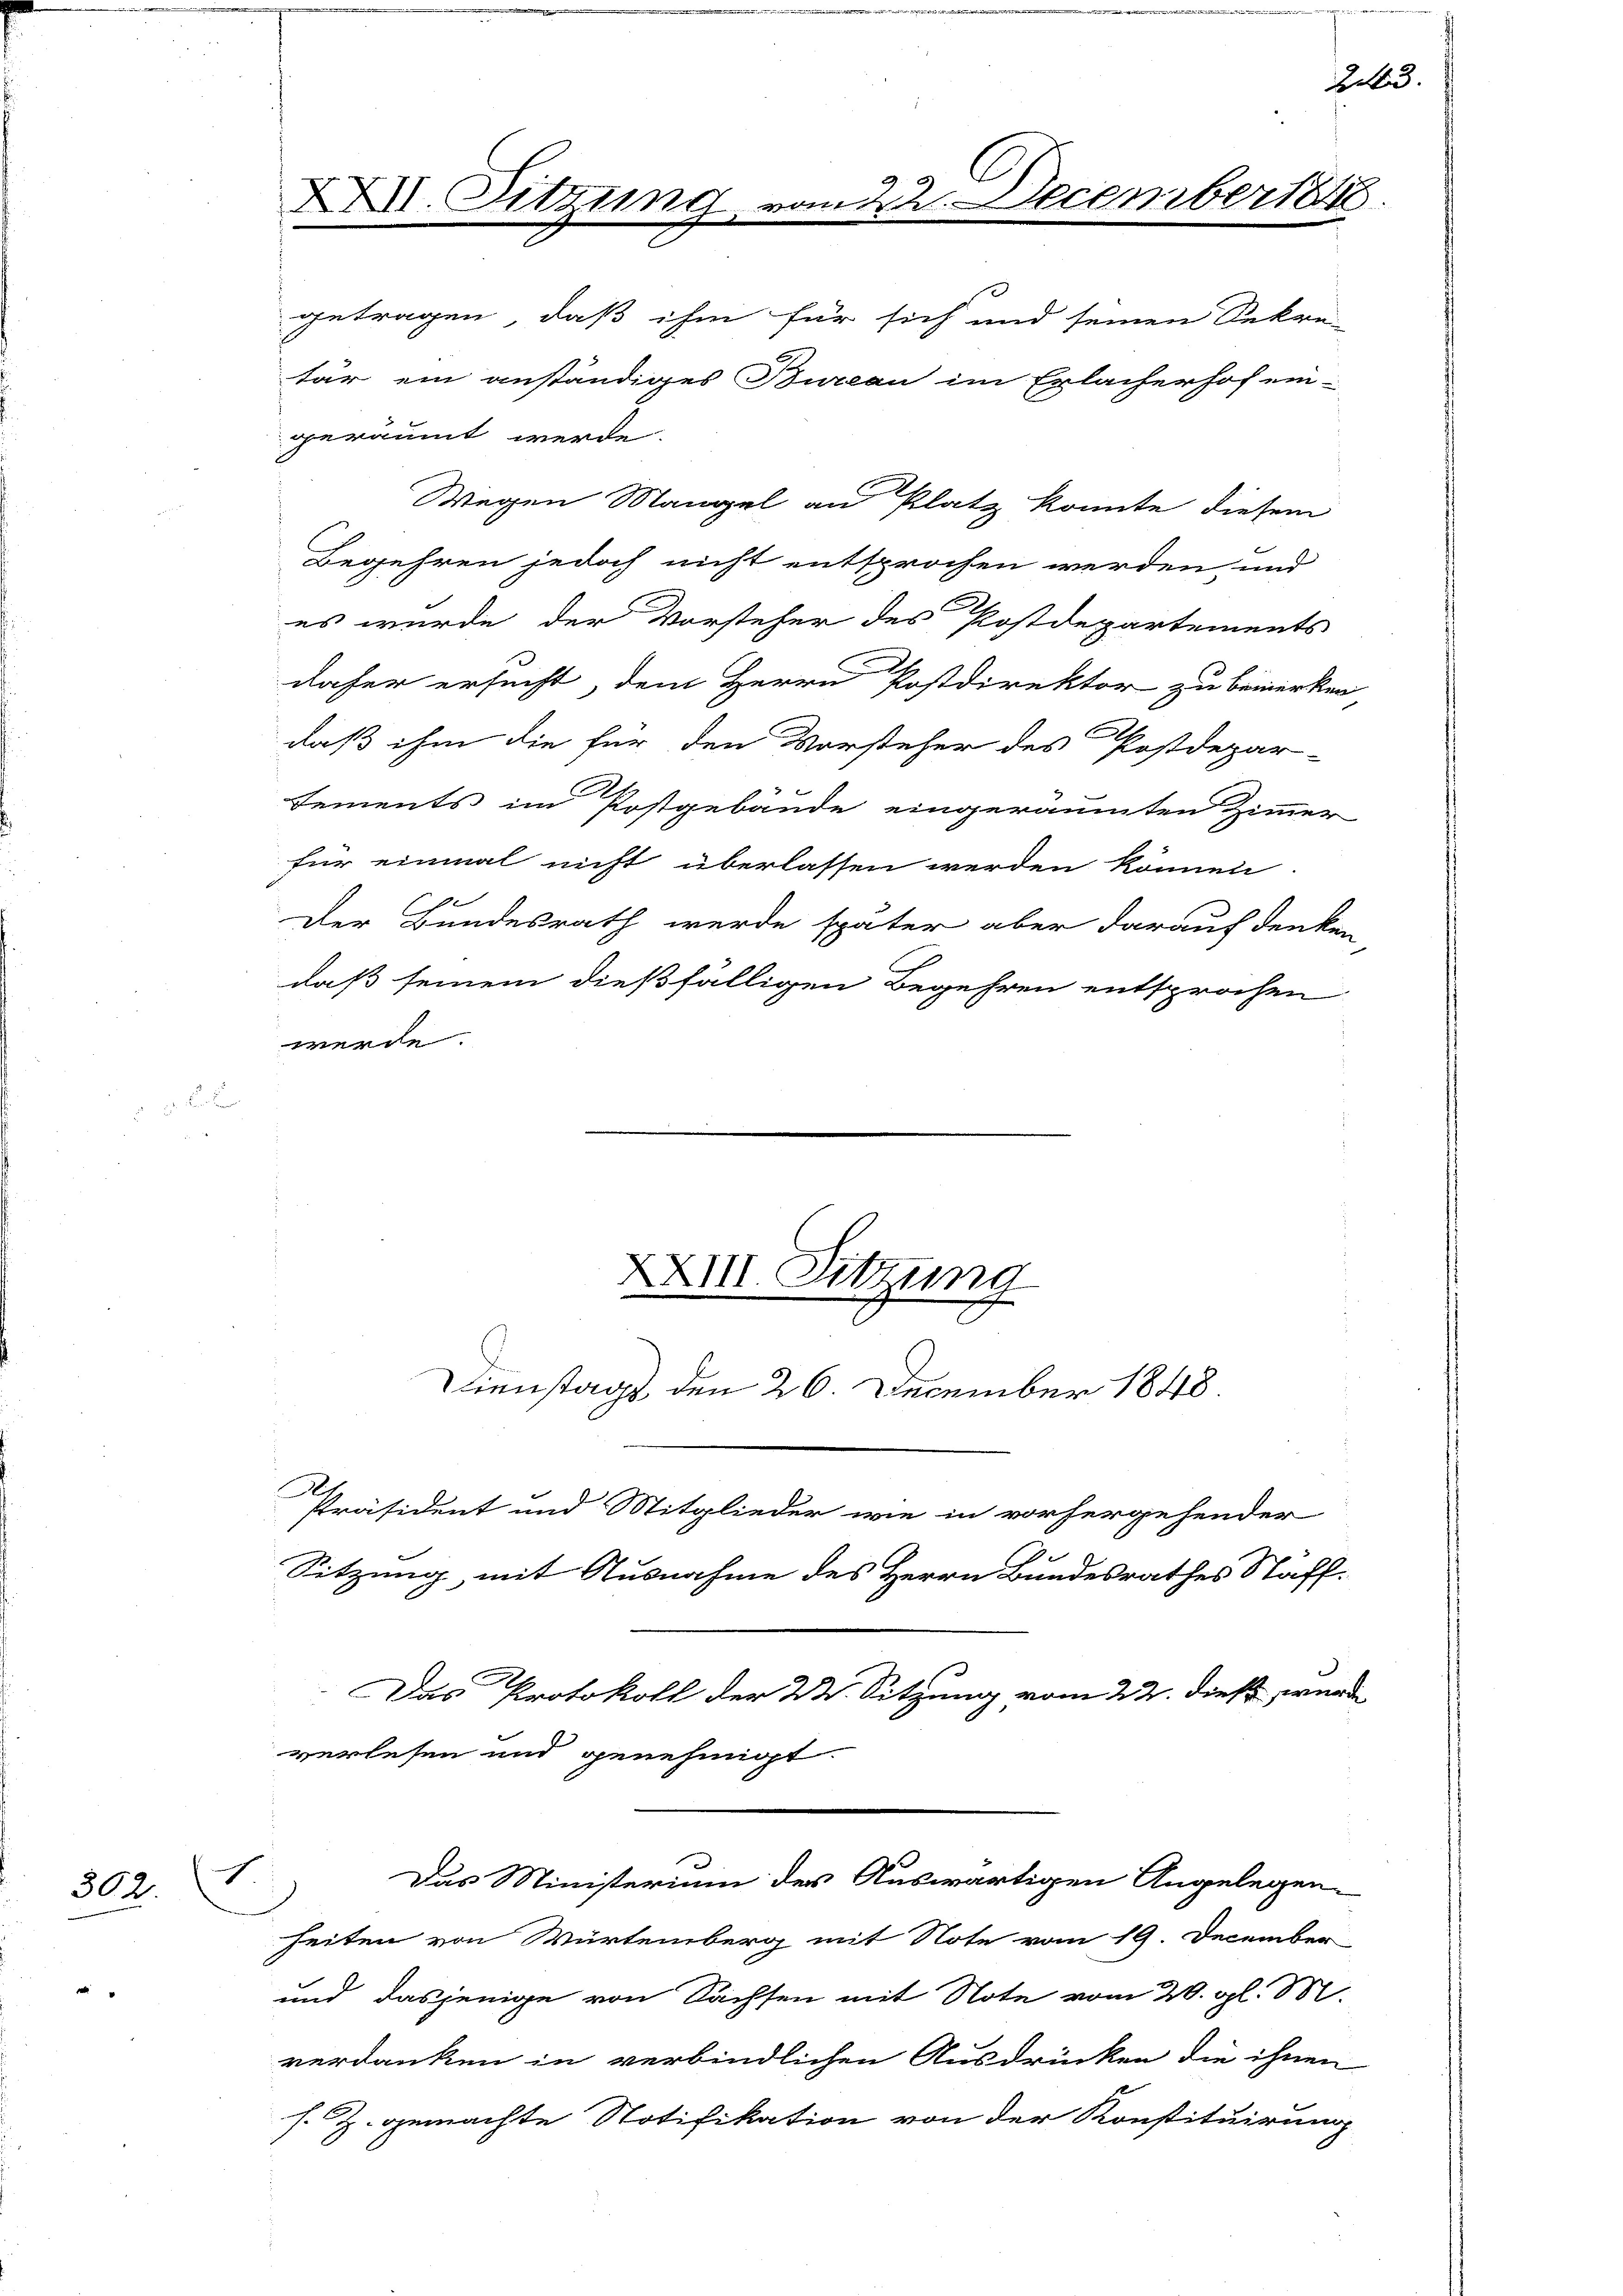
h
302.

s

XXII. Sitzung

getragen, daß ihm für sich und seinen Sekre-
Begehren jedoch nicht entsprochen werden, und
es wurde der Vorsteher des Postdepartements
daher ersucht, dem Herrn Postdirektor zu bemerken
daß ihm die für den Vorsteher des Postdepar-
Dements im Postgebäude eingeräumten Zimmer
für einmal nicht überlassen werden können
1
Der Bundesrath werde später aber darauf denken-
daß seinem dießfälligen Begehren entsprochen
werde.

tär ein anständiges Bureau im Erlacherhof ein-
geräumt werde.
Wegen Mangel an Platz konnte diesem

Das Protokoll der 24. Sitzung vom 22. dieß, we
verlesen und genehmigt.

XXIII. Sitzung
Dienstags den 26. December 1848.
Präsident und Mitglieder wie in vorhergehender
Sitzung, mit Ausnahme des Herrn Bundesrathes Staff-

heiten von Würtemberg mit Note vom 19. December
und dasjenige von Sachsen mit Note vom 20. gl. M.
verdanken in verbindlichen Ausdrücken die ihnen

nd. December

s. Z. gemachte Notifikation von der Konstituirung

Das Ministerium des Auswärtigen Angelegen-

2it.

ch